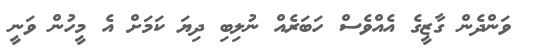
ވަންދެން ގާޒީގެ އެއްވެސް ހަބަރެއް ނުލިބި ދިޔަ ކަމަށް އެ މީހުން ވަނީ